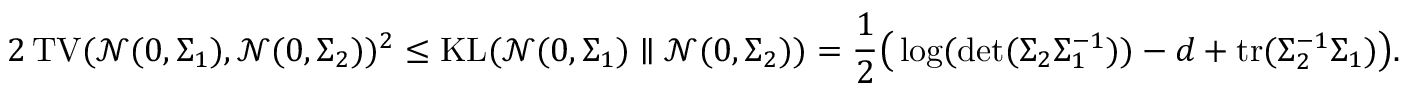
2 \operatorname { T V } ( \mathcal { N } ( 0 , \Sigma _ { 1 } ) , \mathcal { N } ( 0 , \Sigma _ { 2 } ) ) ^ { 2 } \le \operatorname { K L } ( \mathcal { N } ( 0 , \Sigma _ { 1 } ) \parallel \mathcal { N } ( 0 , \Sigma _ { 2 } ) ) = \frac { 1 } { 2 } \big ( \log ( \operatorname* { d e t } ( \Sigma _ { 2 } \Sigma _ { 1 } ^ { - 1 } ) ) - d + \operatorname { t r } ( \Sigma _ { 2 } ^ { - 1 } \Sigma _ { 1 } ) \big ) .